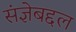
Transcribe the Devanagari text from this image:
संज्ञेबद्दल